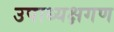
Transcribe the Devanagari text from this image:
उपाध्यक्षगण